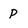
Character: P